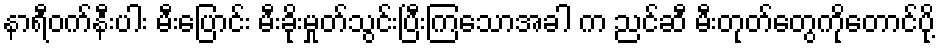
နာရီဝက်နီးပါး မီးပြောင်း မီးခိုးမှုတ်သွင်းပြီးကြသောအခါ က ညင်ဆီ မီးတုတ်တွေကိုတောင်ပို့